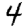
Digit: 4